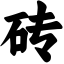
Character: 砖